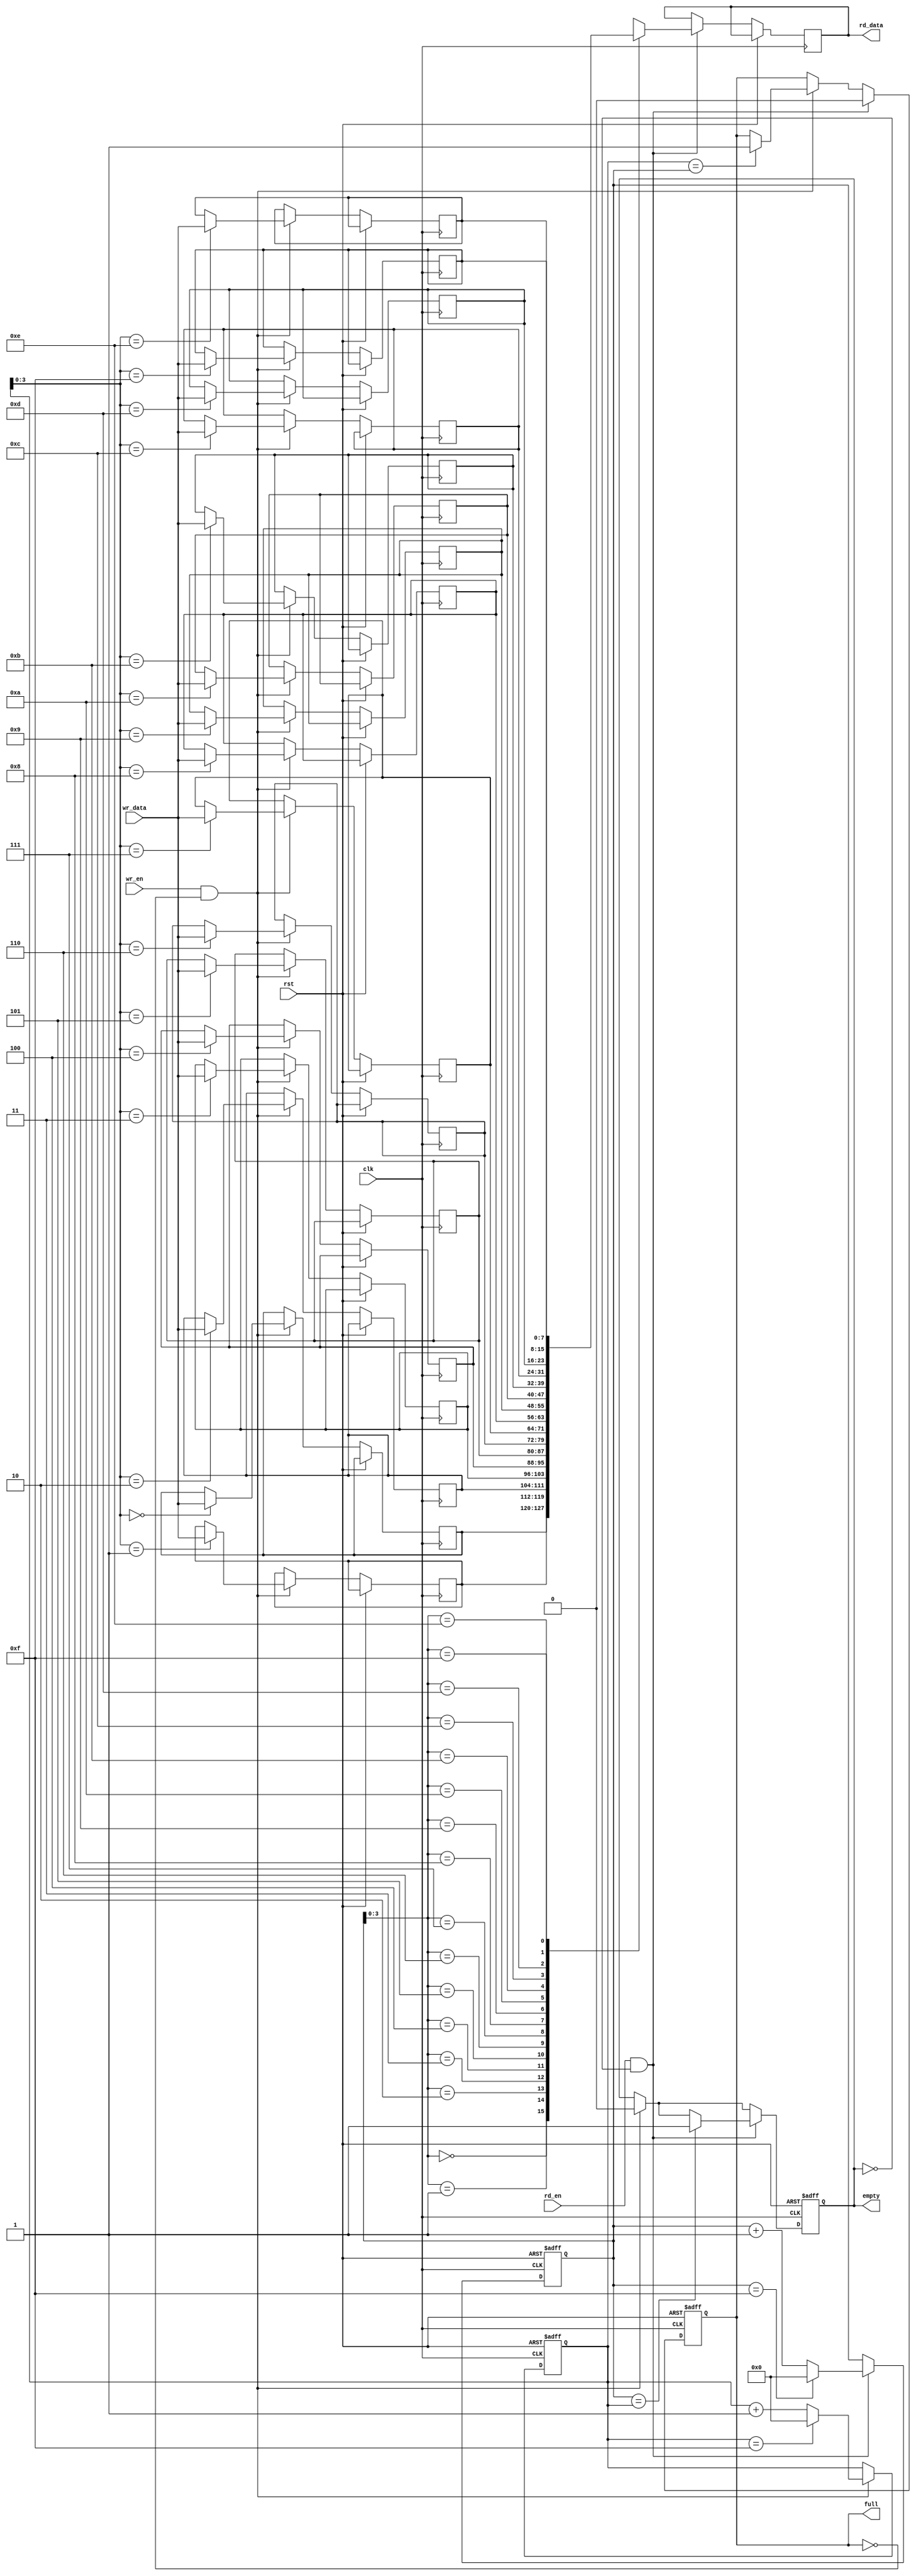
module synchronous_fifo (
  input wire clk,         // Clock signal
  input wire rst,         // Reset signal
  input wire wr_en,       // Write enable signal
  input wire rd_en,       // Read enable signal
  input wire [DATA_WIDTH-1:0] wr_data, // Data to be written
  output reg [DATA_WIDTH-1:0] rd_data,  // Data read from FIFO
  output reg full,        // Flag indicating FIFO is full
  output reg empty        // Flag indicating FIFO is empty
);

parameter DEPTH = 16;      // Depth of FIFO (number of elements)
parameter DATA_WIDTH = 8;  // Width of data elements

reg [DATA_WIDTH-1:0] fifo[DEPTH-1:0];  // Array of registers to store data
reg [DEPTH-1:0] wr_ptr, rd_ptr;         // Write and read pointers

always @(posedge clk or posedge rst) begin
  if (rst) begin
    wr_ptr <= 0;
    rd_ptr <= 0;
    full <= 0;
    empty <= 1;
  end else begin
    if (wr_en && !full) begin
      fifo[wr_ptr] <= wr_data;
      wr_ptr <= wr_ptr + 1;
      if (wr_ptr == DEPTH-1)
        wr_ptr <= 0;
      if (wr_ptr == rd_ptr)
        full <= 1;
      empty <= 0;
    end
    if (rd_en && !empty) begin
      rd_data <= fifo[rd_ptr];
      rd_ptr <= rd_ptr + 1;
      if (rd_ptr == DEPTH-1)
        rd_ptr <= 0;
      full <= 0;
      if (rd_ptr == wr_ptr)
        empty <= 1;
    end
  end
end

endmodule